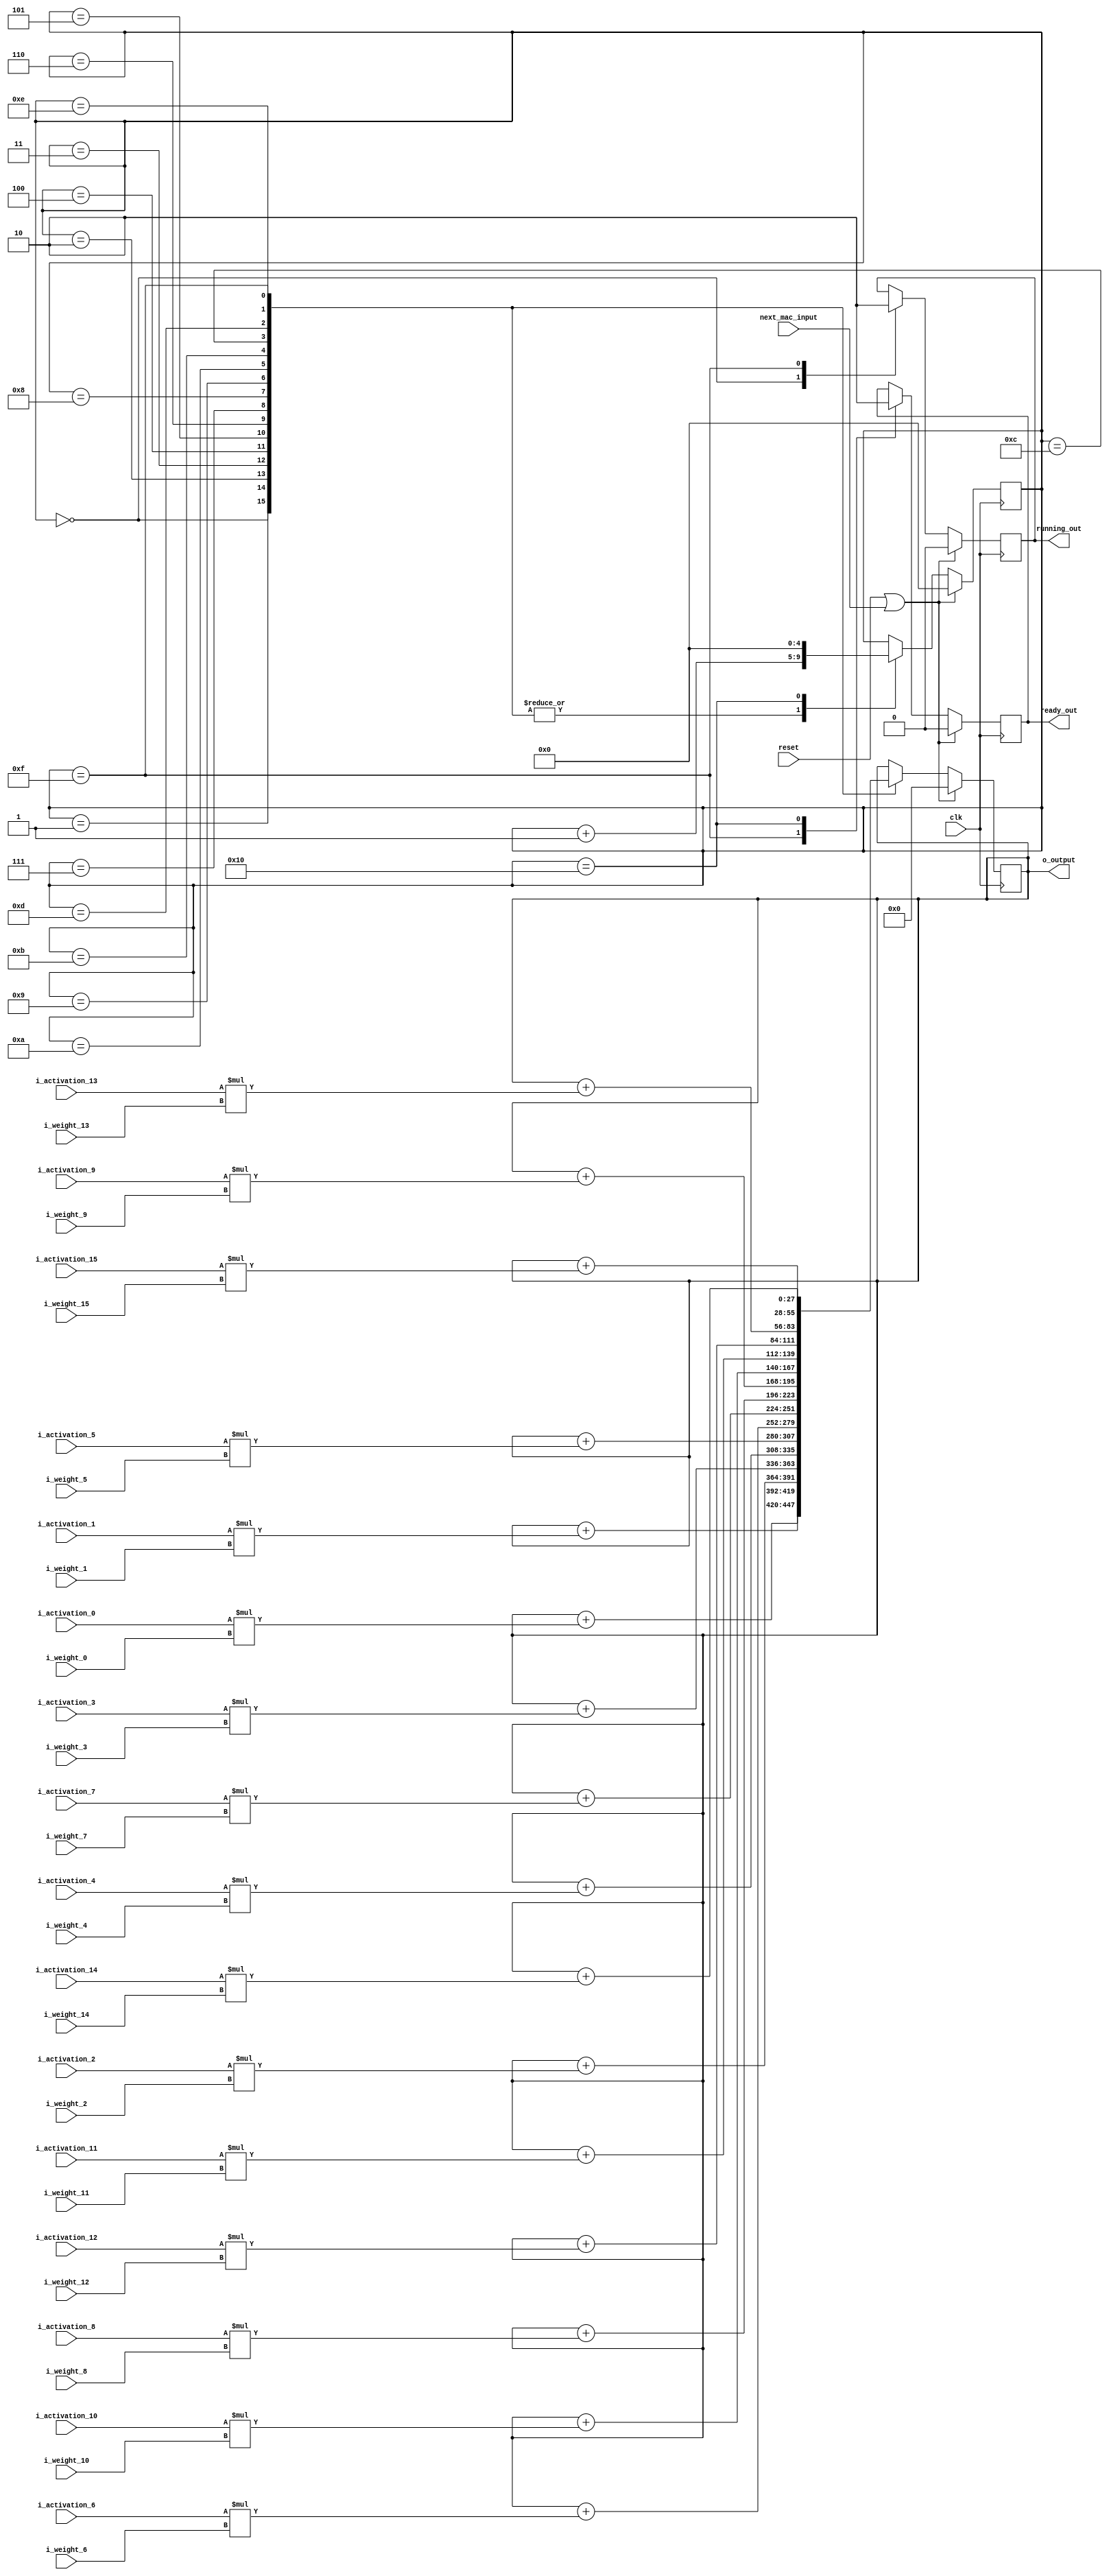
module macb(
    input wire clk,
    input wire reset,
    input wire next_mac_input,
    input wire signed [11:0] i_activation_0,
    input wire signed [11:0] i_activation_1,
    input wire signed [11:0] i_activation_2,
    input wire signed [11:0] i_activation_3,
    input wire signed [11:0] i_activation_4,
    input wire signed [11:0] i_activation_5,
    input wire signed [11:0] i_activation_6,
    input wire signed [11:0] i_activation_7,
    input wire signed [11:0] i_activation_8,
    input wire signed [11:0] i_activation_9,
    input wire signed [11:0] i_activation_10,
    input wire signed [11:0] i_activation_11,
    input wire signed [11:0] i_activation_12,
    input wire signed [11:0] i_activation_13,
    input wire signed [11:0] i_activation_14,
    input wire signed [11:0] i_activation_15,
    input wire signed [11:0] i_weight_0,
    input wire signed [11:0] i_weight_1,
    input wire signed [11:0] i_weight_2,
    input wire signed [11:0] i_weight_3,
    input wire signed [11:0] i_weight_4,
    input wire signed [11:0] i_weight_5,
    input wire signed [11:0] i_weight_6,
    input wire signed [11:0] i_weight_7,
    input wire signed [11:0] i_weight_8,
    input wire signed [11:0] i_weight_9,
    input wire signed [11:0] i_weight_10,
    input wire signed [11:0] i_weight_11,
    input wire signed [11:0] i_weight_12,
    input wire signed [11:0] i_weight_13,
    input wire signed [11:0] i_weight_14,
    input wire signed [11:0] i_weight_15,
    output wire signed [27:0] o_output,
    output wire ready_out,
    output wire running_out
    );
    
    reg [4:0] state;
    reg ready;
    reg running;
    reg signed [27:0] accumulator;

    
    always @ (posedge clk) begin
        if (reset | next_mac_input) begin
            accumulator <= 0;
            ready <= 0;
            state <= 0;
            running <= 0;
        end else begin
            case(state) 
                5'b00000: begin
                    running <= 1;
                    accumulator <= accumulator + (i_activation_0 * i_weight_0);
                    state <= state + 1;
                end
                5'b00001: begin
                    accumulator <= accumulator + (i_activation_1 * i_weight_1);
                    state <= state + 1;
                end
                5'b00010: begin
                    accumulator <= accumulator + (i_activation_2 * i_weight_2);
                    state <= state + 1;
                end
                5'b00011: begin
                    accumulator <= accumulator + (i_activation_3 * i_weight_3);
                    state <= state + 1;
                end
                5'b00100: begin
                    accumulator <= accumulator + (i_activation_4 * i_weight_4);
                    state <= state + 1;
                end
                5'b00101: begin
                    accumulator <= accumulator + (i_activation_5 * i_weight_5);
                    state <= state + 1;
                end
                5'b00110: begin
                    accumulator <= accumulator + (i_activation_6 * i_weight_6);
                    state <= state + 1;
                end
                5'b00111: begin
                    accumulator <= accumulator + (i_activation_7 * i_weight_7);
                    state <= state + 1;
                end
                5'b01000: begin
                    accumulator <= accumulator + (i_activation_8 * i_weight_8);
                    state <= state + 1;
                end
                5'b01001: begin
                    accumulator <= accumulator + (i_activation_9 * i_weight_9);
                    state <= state + 1;
                end
                5'b01010: begin
                    accumulator <= accumulator + (i_activation_10 * i_weight_10);
                    state <= state + 1;
                end
                5'b01011: begin
                    accumulator <= accumulator + (i_activation_11 * i_weight_11);
                    state <= state + 1;
                end
                5'b01100: begin
                    accumulator <= accumulator + (i_activation_12 * i_weight_12);
                    state <= state + 1;
                end
                5'b01101: begin
                    accumulator <= accumulator + (i_activation_13 * i_weight_13);
                    state <= state + 1;
                end
                5'b01110: begin
                    accumulator <= accumulator + (i_activation_14 * i_weight_14);
                    state <= state + 1;
                end
                5'b01111: begin
                    accumulator <= accumulator + (i_activation_15 * i_weight_15);
                    ready <= 1;
                    running <= 0;
                    state <= state + 1;
                end
                5'b10000: begin
                    state <= 5'b00000;
                    ready <= 0;
                end
            endcase
        end
    end
    
    assign o_output = accumulator;
    assign ready_out = ready;
    assign running_out = running;
    
endmodule

module afb(
    input wire signed [16:0] activation,
    output wire signed [11:0] acti_result
    );
    
    wire signed [16:0] temp_result;
    
    assign temp_result = (activation < $signed(17'b1_1111_0000_0000_0000)) ? 17'b1_1111_1000_0000_0000 :
                         ((activation >= $signed(17'b1_1111_0000_0000_0000)) & (activation < $signed(17'b1_1111_1010_1000_0000))) ? ((activation >>> 2) + $signed(17'b1_1111_1100_0000_0000)) :
                         ((activation >= $signed(17'b1_1111_1010_1000_0000)) & (activation < $signed(17'b0_0000_0101_1000_0000))) ? activation :
                         ((activation >= $signed(17'b0_0000_0101_1000_0000)) & (activation < $signed(17'b0_0001_0000_0000_0000))) ? ((activation >>> 2) + $signed(17'b0_0000_0100_0000_0000)) :
                         17'b0_0000_0111_1111_1111;
    
    assign acti_result = temp_result[11:0];
    
endmodule

module neuron_top(
    input wire clk,
    input wire reset,
    input wire next_neuron_input,
    input wire signed [11:0] i_activation_0,
    input wire signed [11:0] i_activation_1,
    input wire signed [11:0] i_activation_2,
    input wire signed [11:0] i_activation_3,
    input wire signed [11:0] i_activation_4,
    input wire signed [11:0] i_activation_5,
    input wire signed [11:0] i_activation_6,
    input wire signed [11:0] i_activation_7,
    input wire signed [11:0] i_activation_8,
    input wire signed [11:0] i_activation_9,
    input wire signed [11:0] i_activation_10,
    input wire signed [11:0] i_activation_11,
    input wire signed [11:0] i_activation_12,
    input wire signed [11:0] i_activation_13,
    input wire signed [11:0] i_activation_14,
    input wire signed [11:0] i_activation_15,
    input wire signed [11:0] i_activation_16,
    input wire signed [11:0] i_activation_17,
    input wire signed [11:0] i_activation_18,
    input wire signed [11:0] i_activation_19,
    input wire signed [11:0] i_activation_20,
    input wire signed [11:0] i_activation_21,
    input wire signed [11:0] i_activation_22,
    input wire signed [11:0] i_activation_23,
    input wire signed [11:0] i_activation_24,
    input wire signed [11:0] i_weight_0,
    input wire signed [11:0] i_weight_1,
    input wire signed [11:0] i_weight_2,
    input wire signed [11:0] i_weight_3,
    input wire signed [11:0] i_weight_4,
    input wire signed [11:0] i_weight_5,
    input wire signed [11:0] i_weight_6,
    input wire signed [11:0] i_weight_7,
    input wire signed [11:0] i_weight_8,
    input wire signed [11:0] i_weight_9,
    input wire signed [11:0] i_weight_10,
    input wire signed [11:0] i_weight_11,
    input wire signed [11:0] i_weight_12,
    input wire signed [11:0] i_weight_13,
    input wire signed [11:0] i_weight_14,
    input wire signed [11:0] i_weight_15,
    output wire signed [11:0] o_output,
    output wire ready_out,
    output wire running_out
    );
    
    reg [2:0] fsm_state;
    reg next_mac_input;
    wire mac_ready;
    wire mac_running;
    reg neuron_ready;
    reg neuron_running;
    wire signed [27:0] mac_out;
    reg signed [11:0] afb_out_0;
    reg signed [11:0] afb_out_1;
    reg signed [11:0] afb_out_2;
    reg signed [11:0] afb_out_3;
    reg signed [16:0] afb_in;
    wire signed [11:0] afb_out;
    reg signed [11:0] i_activation_mac_0, i_activation_mac_1, i_activation_mac_2, i_activation_mac_3, i_activation_mac_4, i_activation_mac_5,
                      i_activation_mac_6, i_activation_mac_7, i_activation_mac_8, i_activation_mac_9, i_activation_mac_10, i_activation_mac_11,
                      i_activation_mac_12, i_activation_mac_13, i_activation_mac_14, i_activation_mac_15;
                      
    macb macb_unit(.clk(clk), .reset(reset), .next_mac_input(next_mac_input), .i_activation_0(i_activation_mac_0), .i_activation_1(i_activation_mac_1), .i_activation_2(i_activation_mac_2),
                   .i_activation_3(i_activation_mac_3), .i_activation_4(i_activation_mac_4), .i_activation_5(i_activation_mac_5), .i_activation_6(i_activation_mac_6),
                   .i_activation_7(i_activation_mac_7), .i_activation_8(i_activation_mac_8), .i_activation_9(i_activation_mac_9), .i_activation_10(i_activation_mac_10),
                   .i_activation_11(i_activation_mac_11), .i_activation_12(i_activation_mac_12), .i_activation_13(i_activation_mac_13), .i_activation_14(i_activation_mac_14), .i_activation_15(i_activation_mac_15),
                   .i_weight_0(i_weight_0), .i_weight_1(i_weight_1), .i_weight_2(i_weight_2), .i_weight_3(i_weight_3), .i_weight_4(i_weight_4),
                   .i_weight_5(i_weight_5), .i_weight_6(i_weight_6), .i_weight_7(i_weight_7), .i_weight_8(i_weight_8), .i_weight_9(i_weight_9),
                   .i_weight_10(i_weight_10), .i_weight_11(i_weight_11), .i_weight_12(i_weight_12), .i_weight_13(i_weight_13), .i_weight_14(i_weight_14), .i_weight_15(i_weight_15),
                   .o_output(mac_out), .ready_out(mac_ready), .running_out(mac_running));
                   
    afb af_unit(.activation(afb_in), .acti_result(afb_out));
    
    always @ (posedge clk) begin
        if (reset | next_neuron_input) begin
            fsm_state <= 0;
            afb_out_0 <= 0;
            afb_out_1 <= 0;
            afb_out_2 <= 0;
            afb_out_3 <= 0;
            afb_in <= 0;
            neuron_ready <= 0;
            neuron_running <= 0;
            next_mac_input <= 1;
        end else begin
            case(fsm_state)
                3'b000: begin
                    neuron_running <= 1;
                    if (!mac_running & !mac_ready) begin
                        i_activation_mac_0 <= i_activation_0;
                        i_activation_mac_1 <= i_activation_1;
                        i_activation_mac_2 <= i_activation_2;
                        i_activation_mac_3 <= i_activation_3;
                        i_activation_mac_4 <= i_activation_5;
                        i_activation_mac_5 <= i_activation_6;
                        i_activation_mac_6 <= i_activation_7;
                        i_activation_mac_7 <= i_activation_8;
                        i_activation_mac_8 <= i_activation_10;
                        i_activation_mac_9 <= i_activation_11;
                        i_activation_mac_10 <= i_activation_12;
                        i_activation_mac_11 <= i_activation_13;
                        i_activation_mac_12 <= i_activation_15;
                        i_activation_mac_13 <= i_activation_16;
                        i_activation_mac_14 <= i_activation_17;
                        i_activation_mac_15 <= i_activation_18;
                        next_mac_input <= 0;
                    end else if (!mac_running & mac_ready) begin
                        afb_in <= mac_out[27:11];
                        fsm_state <= 3'b001;
                        next_mac_input <= 1;
                    end
                end
                3'b001: begin
                    if (!mac_running & !mac_ready) begin
                        afb_out_0 <= afb_out;
                        i_activation_mac_0 <= i_activation_1;
                        i_activation_mac_1 <= i_activation_2;
                        i_activation_mac_2 <= i_activation_3;
                        i_activation_mac_3 <= i_activation_4;
                        i_activation_mac_4 <= i_activation_6;
                        i_activation_mac_5 <= i_activation_7;
                        i_activation_mac_6 <= i_activation_8;
                        i_activation_mac_7 <= i_activation_9;
                        i_activation_mac_8 <= i_activation_11;
                        i_activation_mac_9 <= i_activation_12;
                        i_activation_mac_10 <= i_activation_13;
                        i_activation_mac_11 <= i_activation_14;
                        i_activation_mac_12 <= i_activation_16;
                        i_activation_mac_13 <= i_activation_17;
                        i_activation_mac_14 <= i_activation_18;
                        i_activation_mac_15 <= i_activation_19;
                        next_mac_input <= 0;
                    end else if (!mac_running & mac_ready) begin
                        afb_in <= mac_out[27:11];
                        fsm_state <= 3'b010;
                        next_mac_input <= 1;
                    end
                end
                3'b010: begin
                    if (!mac_running & !mac_ready) begin
                        afb_out_1 <= afb_out;
                        i_activation_mac_0 <= i_activation_5;
                        i_activation_mac_1 <= i_activation_6;
                        i_activation_mac_2 <= i_activation_7;
                        i_activation_mac_3 <= i_activation_8;
                        i_activation_mac_4 <= i_activation_10;
                        i_activation_mac_5 <= i_activation_11;
                        i_activation_mac_6 <= i_activation_12;
                        i_activation_mac_7 <= i_activation_13;
                        i_activation_mac_8 <= i_activation_15;
                        i_activation_mac_9 <= i_activation_16;
                        i_activation_mac_10 <= i_activation_17;
                        i_activation_mac_11 <= i_activation_18;
                        i_activation_mac_12 <= i_activation_20;
                        i_activation_mac_13 <= i_activation_21;
                        i_activation_mac_14 <= i_activation_22;
                        i_activation_mac_15 <= i_activation_23;
                        next_mac_input <= 0;
                    end else if (!mac_running & mac_ready) begin
                        afb_in <= mac_out[27:11];
                        fsm_state <= 3'b011;
                        next_mac_input <= 1;
                    end
                end
                3'b011: begin
                    if (!mac_running & !mac_ready) begin
                        afb_out_2 <= afb_out;
                        i_activation_mac_0 <= i_activation_6;
                        i_activation_mac_1 <= i_activation_7;
                        i_activation_mac_2 <= i_activation_8;
                        i_activation_mac_3 <= i_activation_9;
                        i_activation_mac_4 <= i_activation_11;
                        i_activation_mac_5 <= i_activation_12;
                        i_activation_mac_6 <= i_activation_13;
                        i_activation_mac_7 <= i_activation_14;
                        i_activation_mac_8 <= i_activation_16;
                        i_activation_mac_9 <= i_activation_17;
                        i_activation_mac_10 <= i_activation_18;
                        i_activation_mac_11 <= i_activation_19;
                        i_activation_mac_12 <= i_activation_21;
                        i_activation_mac_13 <= i_activation_22;
                        i_activation_mac_14 <= i_activation_23;
                        i_activation_mac_15 <= i_activation_24;
                        next_mac_input <= 0;
                    end else if (!mac_running & mac_ready) begin
                        afb_in <= mac_out[27:11];
                        fsm_state <= 3'b100;
                        next_mac_input <= 1;
                    end
                end
                3'b100: begin
                    afb_out_3 <= afb_out;
                    fsm_state <= 3'b101;
                    neuron_ready <= 1;
                    neuron_running <= 0;
                end
                3'b101: begin
                    neuron_ready <= 0;
                    fsm_state <= 3'b000;
                end
            endcase
        end
    end
    
    assign ready_out = neuron_ready;
    assign running_out = neuron_running;
    assign o_output = ((afb_out_0 >= afb_out_1) & (afb_out_0 >= afb_out_2) & (afb_out_0 >= afb_out_3)) ? afb_out_0 :
                 ((afb_out_1 > afb_out_0) & (afb_out_1 >= afb_out_2) & (afb_out_1 >= afb_out_3)) ? afb_out_1 :
                 ((afb_out_2 > afb_out_0) & (afb_out_2 > afb_out_1) & (afb_out_2 >= afb_out_3)) ? afb_out_2 :
                 afb_out_3;
    
endmodule

module top(
    input wire clk,
    input wire reset,
    input wire signed [11:0] i_activation_0_0,
    input wire signed [11:0] i_activation_0_1,
    input wire signed [11:0] i_activation_0_2,
    input wire signed [11:0] i_activation_0_3,
    input wire signed [11:0] i_activation_0_4,
    input wire signed [11:0] i_activation_1_0,
    input wire signed [11:0] i_activation_1_1,
    input wire signed [11:0] i_activation_1_2,
    input wire signed [11:0] i_activation_1_3,
    input wire signed [11:0] i_activation_1_4,
    input wire signed [11:0] i_activation_2_0,
    input wire signed [11:0] i_activation_2_1,
    input wire signed [11:0] i_activation_2_2,
    input wire signed [11:0] i_activation_2_3,
    input wire signed [11:0] i_activation_2_4,
    input wire signed [11:0] i_activation_3_0,
    input wire signed [11:0] i_activation_3_1,
    input wire signed [11:0] i_activation_3_2,
    input wire signed [11:0] i_activation_3_3,
    input wire signed [11:0] i_activation_3_4,
    input wire signed [11:0] i_activation_4_0,
    input wire signed [11:0] i_activation_4_1,
    input wire signed [11:0] i_activation_4_2,
    input wire signed [11:0] i_activation_4_3,
    input wire signed [11:0] i_activation_4_4,
    input wire signed [11:0] i_weight_0_0_0,
    input wire signed [11:0] i_weight_0_0_1,
    input wire signed [11:0] i_weight_0_0_2,
    input wire signed [11:0] i_weight_0_0_3,
    input wire signed [11:0] i_weight_0_1_0,
    input wire signed [11:0] i_weight_0_1_1,
    input wire signed [11:0] i_weight_0_1_2,
    input wire signed [11:0] i_weight_0_1_3,
    input wire signed [11:0] i_weight_0_2_0,
    input wire signed [11:0] i_weight_0_2_1,
    input wire signed [11:0] i_weight_0_2_2,
    input wire signed [11:0] i_weight_0_2_3,
    input wire signed [11:0] i_weight_0_3_0,
    input wire signed [11:0] i_weight_0_3_1,
    input wire signed [11:0] i_weight_0_3_2,
    input wire signed [11:0] i_weight_0_3_3,
    input wire signed [11:0] i_weight_1_0_0,
    input wire signed [11:0] i_weight_1_0_1,
    input wire signed [11:0] i_weight_1_0_2,
    input wire signed [11:0] i_weight_1_0_3,
    input wire signed [11:0] i_weight_1_1_0,
    input wire signed [11:0] i_weight_1_1_1,
    input wire signed [11:0] i_weight_1_1_2,
    input wire signed [11:0] i_weight_1_1_3,
    input wire signed [11:0] i_weight_1_2_0,
    input wire signed [11:0] i_weight_1_2_1,
    input wire signed [11:0] i_weight_1_2_2,
    input wire signed [11:0] i_weight_1_2_3,
    input wire signed [11:0] i_weight_1_3_0,
    input wire signed [11:0] i_weight_1_3_1,
    input wire signed [11:0] i_weight_1_3_2,
    input wire signed [11:0] i_weight_1_3_3,
    input wire signed [11:0] i_weight_2_0_0,
    input wire signed [11:0] i_weight_2_0_1,
    input wire signed [11:0] i_weight_2_0_2,
    input wire signed [11:0] i_weight_2_0_3,
    input wire signed [11:0] i_weight_2_1_0,
    input wire signed [11:0] i_weight_2_1_1,
    input wire signed [11:0] i_weight_2_1_2,
    input wire signed [11:0] i_weight_2_1_3,
    input wire signed [11:0] i_weight_2_2_0,
    input wire signed [11:0] i_weight_2_2_1,
    input wire signed [11:0] i_weight_2_2_2,
    input wire signed [11:0] i_weight_2_2_3,
    input wire signed [11:0] i_weight_2_3_0,
    input wire signed [11:0] i_weight_2_3_1,
    input wire signed [11:0] i_weight_2_3_2,
    input wire signed [11:0] i_weight_2_3_3,
    input wire signed [11:0] i_weight_3_0_0,
    input wire signed [11:0] i_weight_3_0_1,
    input wire signed [11:0] i_weight_3_0_2,
    input wire signed [11:0] i_weight_3_0_3,
    input wire signed [11:0] i_weight_3_1_0,
    input wire signed [11:0] i_weight_3_1_1,
    input wire signed [11:0] i_weight_3_1_2,
    input wire signed [11:0] i_weight_3_1_3,
    input wire signed [11:0] i_weight_3_2_0,
    input wire signed [11:0] i_weight_3_2_1,
    input wire signed [11:0] i_weight_3_2_2,
    input wire signed [11:0] i_weight_3_2_3,
    input wire signed [11:0] i_weight_3_3_0,
    input wire signed [11:0] i_weight_3_3_1,
    input wire signed [11:0] i_weight_3_3_2,
    input wire signed [11:0] i_weight_3_3_3,
    input wire signed [11:0] i_weight_4_0_0,
    input wire signed [11:0] i_weight_4_0_1,
    input wire signed [11:0] i_weight_4_0_2,
    input wire signed [11:0] i_weight_4_0_3,
    input wire signed [11:0] i_weight_4_1_0,
    input wire signed [11:0] i_weight_4_1_1,
    input wire signed [11:0] i_weight_4_1_2,
    input wire signed [11:0] i_weight_4_1_3,
    input wire signed [11:0] i_weight_4_2_0,
    input wire signed [11:0] i_weight_4_2_1,
    input wire signed [11:0] i_weight_4_2_2,
    input wire signed [11:0] i_weight_4_2_3,
    input wire signed [11:0] i_weight_4_3_0,
    input wire signed [11:0] i_weight_4_3_1,
    input wire signed [11:0] i_weight_4_3_2,
    input wire signed [11:0] i_weight_4_3_3,
    input wire signed [11:0] i_weight_5_0_0,
    input wire signed [11:0] i_weight_5_0_1,
    input wire signed [11:0] i_weight_5_0_2,
    input wire signed [11:0] i_weight_5_0_3,
    input wire signed [11:0] i_weight_5_1_0,
    input wire signed [11:0] i_weight_5_1_1,
    input wire signed [11:0] i_weight_5_1_2,
    input wire signed [11:0] i_weight_5_1_3,
    input wire signed [11:0] i_weight_5_2_0,
    input wire signed [11:0] i_weight_5_2_1,
    input wire signed [11:0] i_weight_5_2_2,
    input wire signed [11:0] i_weight_5_2_3,
    input wire signed [11:0] i_weight_5_3_0,
    input wire signed [11:0] i_weight_5_3_1,
    input wire signed [11:0] i_weight_5_3_2,
    input wire signed [11:0] i_weight_5_3_3,
    input wire signed [11:0] i_weight_6_0_0,
    input wire signed [11:0] i_weight_6_0_1,
    input wire signed [11:0] i_weight_6_0_2,
    input wire signed [11:0] i_weight_6_0_3,
    input wire signed [11:0] i_weight_6_1_0,
    input wire signed [11:0] i_weight_6_1_1,
    input wire signed [11:0] i_weight_6_1_2,
    input wire signed [11:0] i_weight_6_1_3,
    input wire signed [11:0] i_weight_6_2_0,
    input wire signed [11:0] i_weight_6_2_1,
    input wire signed [11:0] i_weight_6_2_2,
    input wire signed [11:0] i_weight_6_2_3,
    input wire signed [11:0] i_weight_6_3_0,
    input wire signed [11:0] i_weight_6_3_1,
    input wire signed [11:0] i_weight_6_3_2,
    input wire signed [11:0] i_weight_6_3_3,
    input wire signed [11:0] i_weight_7_0_0,
    input wire signed [11:0] i_weight_7_0_1,
    input wire signed [11:0] i_weight_7_0_2,
    input wire signed [11:0] i_weight_7_0_3,
    input wire signed [11:0] i_weight_7_1_0,
    input wire signed [11:0] i_weight_7_1_1,
    input wire signed [11:0] i_weight_7_1_2,
    input wire signed [11:0] i_weight_7_1_3,
    input wire signed [11:0] i_weight_7_2_0,
    input wire signed [11:0] i_weight_7_2_1,
    input wire signed [11:0] i_weight_7_2_2,
    input wire signed [11:0] i_weight_7_2_3,
    input wire signed [11:0] i_weight_7_3_0,
    input wire signed [11:0] i_weight_7_3_1,
    input wire signed [11:0] i_weight_7_3_2,
    input wire signed [11:0] i_weight_7_3_3,
    input wire signed [11:0] i_weight_8_0_0,
    input wire signed [11:0] i_weight_8_0_1,
    input wire signed [11:0] i_weight_8_0_2,
    input wire signed [11:0] i_weight_8_0_3,
    input wire signed [11:0] i_weight_8_1_0,
    input wire signed [11:0] i_weight_8_1_1,
    input wire signed [11:0] i_weight_8_1_2,
    input wire signed [11:0] i_weight_8_1_3,
    input wire signed [11:0] i_weight_8_2_0,
    input wire signed [11:0] i_weight_8_2_1,
    input wire signed [11:0] i_weight_8_2_2,
    input wire signed [11:0] i_weight_8_2_3,
    input wire signed [11:0] i_weight_8_3_0,
    input wire signed [11:0] i_weight_8_3_1,
    input wire signed [11:0] i_weight_8_3_2,
    input wire signed [11:0] i_weight_8_3_3,
    input wire signed [11:0] i_weight_9_0_0,
    input wire signed [11:0] i_weight_9_0_1,
    input wire signed [11:0] i_weight_9_0_2,
    input wire signed [11:0] i_weight_9_0_3,
    input wire signed [11:0] i_weight_9_1_0,
    input wire signed [11:0] i_weight_9_1_1,
    input wire signed [11:0] i_weight_9_1_2,
    input wire signed [11:0] i_weight_9_1_3,
    input wire signed [11:0] i_weight_9_2_0,
    input wire signed [11:0] i_weight_9_2_1,
    input wire signed [11:0] i_weight_9_2_2,
    input wire signed [11:0] i_weight_9_2_3,
    input wire signed [11:0] i_weight_9_3_0,
    input wire signed [11:0] i_weight_9_3_1,
    input wire signed [11:0] i_weight_9_3_2,
    input wire signed [11:0] i_weight_9_3_3,
    input wire signed [11:0] i_weight_10_0_0,
    input wire signed [11:0] i_weight_10_0_1,
    input wire signed [11:0] i_weight_10_0_2,
    input wire signed [11:0] i_weight_10_0_3,
    input wire signed [11:0] i_weight_10_1_0,
    input wire signed [11:0] i_weight_10_1_1,
    input wire signed [11:0] i_weight_10_1_2,
    input wire signed [11:0] i_weight_10_1_3,
    input wire signed [11:0] i_weight_10_2_0,
    input wire signed [11:0] i_weight_10_2_1,
    input wire signed [11:0] i_weight_10_2_2,
    input wire signed [11:0] i_weight_10_2_3,
    input wire signed [11:0] i_weight_10_3_0,
    input wire signed [11:0] i_weight_10_3_1,
    input wire signed [11:0] i_weight_10_3_2,
    input wire signed [11:0] i_weight_10_3_3,
    input wire signed [11:0] i_weight_11_0_0,
    input wire signed [11:0] i_weight_11_0_1,
    input wire signed [11:0] i_weight_11_0_2,
    input wire signed [11:0] i_weight_11_0_3,
    input wire signed [11:0] i_weight_11_1_0,
    input wire signed [11:0] i_weight_11_1_1,
    input wire signed [11:0] i_weight_11_1_2,
    input wire signed [11:0] i_weight_11_1_3,
    input wire signed [11:0] i_weight_11_2_0,
    input wire signed [11:0] i_weight_11_2_1,
    input wire signed [11:0] i_weight_11_2_2,
    input wire signed [11:0] i_weight_11_2_3,
    input wire signed [11:0] i_weight_11_3_0,
    input wire signed [11:0] i_weight_11_3_1,
    input wire signed [11:0] i_weight_11_3_2,
    input wire signed [11:0] i_weight_11_3_3,
    input wire signed [11:0] i_weight_12_0_0,
    input wire signed [11:0] i_weight_12_0_1,
    input wire signed [11:0] i_weight_12_0_2,
    input wire signed [11:0] i_weight_12_0_3,
    input wire signed [11:0] i_weight_12_1_0,
    input wire signed [11:0] i_weight_12_1_1,
    input wire signed [11:0] i_weight_12_1_2,
    input wire signed [11:0] i_weight_12_1_3,
    input wire signed [11:0] i_weight_12_2_0,
    input wire signed [11:0] i_weight_12_2_1,
    input wire signed [11:0] i_weight_12_2_2,
    input wire signed [11:0] i_weight_12_2_3,
    input wire signed [11:0] i_weight_12_3_0,
    input wire signed [11:0] i_weight_12_3_1,
    input wire signed [11:0] i_weight_12_3_2,
    input wire signed [11:0] i_weight_12_3_3,
    input wire signed [11:0] i_weight_13_0_0,
    input wire signed [11:0] i_weight_13_0_1,
    input wire signed [11:0] i_weight_13_0_2,
    input wire signed [11:0] i_weight_13_0_3,
    input wire signed [11:0] i_weight_13_1_0,
    input wire signed [11:0] i_weight_13_1_1,
    input wire signed [11:0] i_weight_13_1_2,
    input wire signed [11:0] i_weight_13_1_3,
    input wire signed [11:0] i_weight_13_2_0,
    input wire signed [11:0] i_weight_13_2_1,
    input wire signed [11:0] i_weight_13_2_2,
    input wire signed [11:0] i_weight_13_2_3,
    input wire signed [11:0] i_weight_13_3_0,
    input wire signed [11:0] i_weight_13_3_1,
    input wire signed [11:0] i_weight_13_3_2,
    input wire signed [11:0] i_weight_13_3_3,
    input wire signed [11:0] i_weight_14_0_0,
    input wire signed [11:0] i_weight_14_0_1,
    input wire signed [11:0] i_weight_14_0_2,
    input wire signed [11:0] i_weight_14_0_3,
    input wire signed [11:0] i_weight_14_1_0,
    input wire signed [11:0] i_weight_14_1_1,
    input wire signed [11:0] i_weight_14_1_2,
    input wire signed [11:0] i_weight_14_1_3,
    input wire signed [11:0] i_weight_14_2_0,
    input wire signed [11:0] i_weight_14_2_1,
    input wire signed [11:0] i_weight_14_2_2,
    input wire signed [11:0] i_weight_14_2_3,
    input wire signed [11:0] i_weight_14_3_0,
    input wire signed [11:0] i_weight_14_3_1,
    input wire signed [11:0] i_weight_14_3_2,
    input wire signed [11:0] i_weight_14_3_3,
    input wire signed [11:0] i_weight_15_0_0,
    input wire signed [11:0] i_weight_15_0_1,
    input wire signed [11:0] i_weight_15_0_2,
    input wire signed [11:0] i_weight_15_0_3,
    input wire signed [11:0] i_weight_15_1_0,
    input wire signed [11:0] i_weight_15_1_1,
    input wire signed [11:0] i_weight_15_1_2,
    input wire signed [11:0] i_weight_15_1_3,
    input wire signed [11:0] i_weight_15_2_0,
    input wire signed [11:0] i_weight_15_2_1,
    input wire signed [11:0] i_weight_15_2_2,
    input wire signed [11:0] i_weight_15_2_3,
    input wire signed [11:0] i_weight_15_3_0,
    input wire signed [11:0] i_weight_15_3_1,
    input wire signed [11:0] i_weight_15_3_2,
    input wire signed [11:0] i_weight_15_3_3,
    input wire signed [11:0] i_weight_16_0_0,
    input wire signed [11:0] i_weight_16_0_1,
    input wire signed [11:0] i_weight_16_0_2,
    input wire signed [11:0] i_weight_16_0_3,
    input wire signed [11:0] i_weight_16_1_0,
    input wire signed [11:0] i_weight_16_1_1,
    input wire signed [11:0] i_weight_16_1_2,
    input wire signed [11:0] i_weight_16_1_3,
    input wire signed [11:0] i_weight_16_2_0,
    input wire signed [11:0] i_weight_16_2_1,
    input wire signed [11:0] i_weight_16_2_2,
    input wire signed [11:0] i_weight_16_2_3,
    input wire signed [11:0] i_weight_16_3_0,
    input wire signed [11:0] i_weight_16_3_1,
    input wire signed [11:0] i_weight_16_3_2,
    input wire signed [11:0] i_weight_16_3_3,
    input wire signed [11:0] i_weight_17_0_0,
    input wire signed [11:0] i_weight_17_0_1,
    input wire signed [11:0] i_weight_17_0_2,
    input wire signed [11:0] i_weight_17_0_3,
    input wire signed [11:0] i_weight_17_1_0,
    input wire signed [11:0] i_weight_17_1_1,
    input wire signed [11:0] i_weight_17_1_2,
    input wire signed [11:0] i_weight_17_1_3,
    input wire signed [11:0] i_weight_17_2_0,
    input wire signed [11:0] i_weight_17_2_1,
    input wire signed [11:0] i_weight_17_2_2,
    input wire signed [11:0] i_weight_17_2_3,
    input wire signed [11:0] i_weight_17_3_0,
    input wire signed [11:0] i_weight_17_3_1,
    input wire signed [11:0] i_weight_17_3_2,
    input wire signed [11:0] i_weight_17_3_3,
    input wire signed [11:0] i_weight_18_0_0,
    input wire signed [11:0] i_weight_18_0_1,
    input wire signed [11:0] i_weight_18_0_2,
    input wire signed [11:0] i_weight_18_0_3,
    input wire signed [11:0] i_weight_18_1_0,
    input wire signed [11:0] i_weight_18_1_1,
    input wire signed [11:0] i_weight_18_1_2,
    input wire signed [11:0] i_weight_18_1_3,
    input wire signed [11:0] i_weight_18_2_0,
    input wire signed [11:0] i_weight_18_2_1,
    input wire signed [11:0] i_weight_18_2_2,
    input wire signed [11:0] i_weight_18_2_3,
    input wire signed [11:0] i_weight_18_3_0,
    input wire signed [11:0] i_weight_18_3_1,
    input wire signed [11:0] i_weight_18_3_2,
    input wire signed [11:0] i_weight_18_3_3,
    input wire signed [11:0] i_weight_19_0_0,
    input wire signed [11:0] i_weight_19_0_1,
    input wire signed [11:0] i_weight_19_0_2,
    input wire signed [11:0] i_weight_19_0_3,
    input wire signed [11:0] i_weight_19_1_0,
    input wire signed [11:0] i_weight_19_1_1,
    input wire signed [11:0] i_weight_19_1_2,
    input wire signed [11:0] i_weight_19_1_3,
    input wire signed [11:0] i_weight_19_2_0,
    input wire signed [11:0] i_weight_19_2_1,
    input wire signed [11:0] i_weight_19_2_2,
    input wire signed [11:0] i_weight_19_2_3,
    input wire signed [11:0] i_weight_19_3_0,
    input wire signed [11:0] i_weight_19_3_1,
    input wire signed [11:0] i_weight_19_3_2,
    input wire signed [11:0] i_weight_19_3_3,
    output reg signed [11:0] o_output_0,
    output reg signed [11:0] o_output_1,
    output reg signed [11:0] o_output_2,
    output reg signed [11:0] o_output_3,
    output reg signed [11:0] o_output_4,
    output reg signed [11:0] o_output_5,
    output reg signed [11:0] o_output_6,
    output reg signed [11:0] o_output_7,
    output reg signed [11:0] o_output_8,
    output reg signed [11:0] o_output_9,
    output reg signed [11:0] o_output_10,
    output reg signed [11:0] o_output_11,
    output reg signed [11:0] o_output_12,
    output reg signed [11:0] o_output_13,
    output reg signed [11:0] o_output_14,
    output reg signed [11:0] o_output_15,
    output reg signed [11:0] o_output_16,
    output reg signed [11:0] o_output_17,
    output reg signed [11:0] o_output_18,
    output reg signed [11:0] o_output_19
    );
    
    
    reg [4:0] fsm_state;
    reg next_neuron_input;
    wire neuron_ready;
    wire neuron_running;
    wire signed [11:0] neuron_out;
    
    reg signed [11:0] i_neuron_weight_0_0, i_neuron_weight_0_1, i_neuron_weight_0_2, i_neuron_weight_0_3,
                      i_neuron_weight_1_0, i_neuron_weight_1_1, i_neuron_weight_1_2, i_neuron_weight_1_3, 
                      i_neuron_weight_2_0, i_neuron_weight_2_1, i_neuron_weight_2_2, i_neuron_weight_2_3,
                      i_neuron_weight_3_0, i_neuron_weight_3_1, i_neuron_weight_3_2, i_neuron_weight_3_3;
                      
    neuron_top neuron(.clk(clk), .reset(reset), .next_neuron_input(next_neuron_input), .i_activation_0(i_activation_0_0), 
                      .i_activation_1(i_activation_0_1), .i_activation_2(i_activation_0_2), .i_activation_3(i_activation_0_3), .i_activation_4(i_activation_0_4), 
                      .i_activation_5(i_activation_1_0), .i_activation_6(i_activation_1_1), .i_activation_7(i_activation_1_2), .i_activation_8(i_activation_1_3), 
                      .i_activation_9(i_activation_1_4), .i_activation_10(i_activation_2_0), .i_activation_11(i_activation_2_1), .i_activation_12(i_activation_2_2), 
                      .i_activation_13(i_activation_2_3), .i_activation_14(i_activation_2_4), .i_activation_15(i_activation_3_0), .i_activation_16(i_activation_3_1), 
                      .i_activation_17(i_activation_3_2), .i_activation_18(i_activation_3_3), .i_activation_19(i_activation_3_4), .i_activation_20(i_activation_4_0), 
                      .i_activation_21(i_activation_4_1), .i_activation_22(i_activation_4_2), .i_activation_23(i_activation_4_3), .i_activation_24(i_activation_4_4),
                      .i_weight_0(i_neuron_weight_0_0), .i_weight_1(i_neuron_weight_0_1), .i_weight_2(i_neuron_weight_0_2), .i_weight_3(i_neuron_weight_0_3),
                      .i_weight_4(i_neuron_weight_1_0), .i_weight_5(i_neuron_weight_1_1), .i_weight_6(i_neuron_weight_1_2), .i_weight_7(i_neuron_weight_1_3),
                      .i_weight_8(i_neuron_weight_2_0), .i_weight_9(i_neuron_weight_2_1), .i_weight_10(i_neuron_weight_2_2), .i_weight_11(i_neuron_weight_2_3),
                      .i_weight_12(i_neuron_weight_3_0), .i_weight_13(i_neuron_weight_3_1), .i_weight_14(i_neuron_weight_3_2), .i_weight_15(i_neuron_weight_3_3),
                      .o_output(neuron_out), .ready_out(neuron_ready), .running_out(neuron_running));
    
    always @ (posedge clk) begin
        if (reset) begin
            fsm_state <= 0;
            next_neuron_input <= 1;
		 o_output_0 <= 0;
            o_output_1 <= 0; 
            o_output_2 <= 0; 
            o_output_3 <= 0; 
            o_output_4 <= 0; 
            o_output_5 <= 0; 
            o_output_6 <= 0; 
            o_output_7 <= 0; 
            o_output_8 <= 0; 
            o_output_9 <= 0; 
            o_output_10 <= 0; 
            o_output_11 <= 0; 
            o_output_12 <= 0; 
            o_output_13 <= 0; 
            o_output_14 <= 0; 
            o_output_15 <= 0; 
            o_output_16 <= 0; 
            o_output_17 <= 0; 
            o_output_18 <= 0; 
            o_output_19 <= 0;
        end else begin
            case(fsm_state)
                5'b00000: begin
                    if (!neuron_running & !neuron_ready) begin
                        i_neuron_weight_0_0 <= i_weight_0_0_0;
                        i_neuron_weight_0_1 <= i_weight_0_0_1;
                        i_neuron_weight_0_2 <= i_weight_0_0_2;
                        i_neuron_weight_0_3 <= i_weight_0_0_3;
                        i_neuron_weight_1_0 <= i_weight_0_1_0;
                        i_neuron_weight_1_1 <= i_weight_0_1_1;
                        i_neuron_weight_1_2 <= i_weight_0_1_2;
                        i_neuron_weight_1_3 <= i_weight_0_1_3;
                        i_neuron_weight_2_0 <= i_weight_0_2_0;
                        i_neuron_weight_2_1 <= i_weight_0_2_1;
                        i_neuron_weight_2_2 <= i_weight_0_2_2;
                        i_neuron_weight_2_3 <= i_weight_0_2_3;
                        i_neuron_weight_3_0 <= i_weight_0_3_0;
                        i_neuron_weight_3_1 <= i_weight_0_3_1;
                        i_neuron_weight_3_2 <= i_weight_0_3_2;
                        i_neuron_weight_3_3 <= i_weight_0_3_3;
                        next_neuron_input <= 0;
                    end else if (!neuron_running & neuron_ready) begin
                        o_output_0 <= neuron_out;
                        fsm_state <= 5'b00001;
                        next_neuron_input <= 1;
                    end
                end
                5'b00001: begin
                    if (!neuron_running & !neuron_ready) begin
                        i_neuron_weight_0_0 <= i_weight_1_0_0;
                        i_neuron_weight_0_1 <= i_weight_1_0_1;
                        i_neuron_weight_0_2 <= i_weight_1_0_2;
                        i_neuron_weight_0_3 <= i_weight_1_0_3;
                        i_neuron_weight_1_0 <= i_weight_1_1_0;
                        i_neuron_weight_1_1 <= i_weight_1_1_1;
                        i_neuron_weight_1_2 <= i_weight_1_1_2;
                        i_neuron_weight_1_3 <= i_weight_1_1_3;
                        i_neuron_weight_2_0 <= i_weight_1_2_0;
                        i_neuron_weight_2_1 <= i_weight_1_2_1;
                        i_neuron_weight_2_2 <= i_weight_1_2_2;
                        i_neuron_weight_2_3 <= i_weight_1_2_3;
                        i_neuron_weight_3_0 <= i_weight_1_3_0;
                        i_neuron_weight_3_1 <= i_weight_1_3_1;
                        i_neuron_weight_3_2 <= i_weight_1_3_2;
                        i_neuron_weight_3_3 <= i_weight_1_3_3;
                        next_neuron_input <= 0;
                    end else if (!neuron_running & neuron_ready) begin
                        o_output_1 <= neuron_out;
                        fsm_state <= 5'b00010;
                        next_neuron_input <= 1;
                    end
                end         
                5'b00010: begin
                    if (!neuron_running & !neuron_ready) begin
                        i_neuron_weight_0_0 <= i_weight_2_0_0;
                        i_neuron_weight_0_1 <= i_weight_2_0_1;
                        i_neuron_weight_0_2 <= i_weight_2_0_2;
                        i_neuron_weight_0_3 <= i_weight_2_0_3;
                        i_neuron_weight_1_0 <= i_weight_2_1_0;
                        i_neuron_weight_1_1 <= i_weight_2_1_1;
                        i_neuron_weight_1_2 <= i_weight_2_1_2;
                        i_neuron_weight_1_3 <= i_weight_2_1_3;
                        i_neuron_weight_2_0 <= i_weight_2_2_0;
                        i_neuron_weight_2_1 <= i_weight_2_2_1;
                        i_neuron_weight_2_2 <= i_weight_2_2_2;
                        i_neuron_weight_2_3 <= i_weight_2_2_3;
                        i_neuron_weight_3_0 <= i_weight_2_3_0;
                        i_neuron_weight_3_1 <= i_weight_2_3_1;
                        i_neuron_weight_3_2 <= i_weight_2_3_2;
                        i_neuron_weight_3_3 <= i_weight_2_3_3;
                        next_neuron_input <= 0;
                    end else if (!neuron_running & neuron_ready) begin
                        o_output_2 <= neuron_out;
                        fsm_state <= 5'b00011;
                        next_neuron_input <= 1;
                    end
                end
                5'b00011: begin
                    if (!neuron_running & !neuron_ready) begin
                        i_neuron_weight_0_0 <= i_weight_3_0_0;
                        i_neuron_weight_0_1 <= i_weight_3_0_1;
                        i_neuron_weight_0_2 <= i_weight_3_0_2;
                        i_neuron_weight_0_3 <= i_weight_3_0_3;
                        i_neuron_weight_1_0 <= i_weight_3_1_0;
                        i_neuron_weight_1_1 <= i_weight_3_1_1;
                        i_neuron_weight_1_2 <= i_weight_3_1_2;
                        i_neuron_weight_1_3 <= i_weight_3_1_3;
                        i_neuron_weight_2_0 <= i_weight_3_2_0;
                        i_neuron_weight_2_1 <= i_weight_3_2_1;
                        i_neuron_weight_2_2 <= i_weight_3_2_2;
                        i_neuron_weight_2_3 <= i_weight_3_2_3;
                        i_neuron_weight_3_0 <= i_weight_3_3_0;
                        i_neuron_weight_3_1 <= i_weight_3_3_1;
                        i_neuron_weight_3_2 <= i_weight_3_3_2;
                        i_neuron_weight_3_3 <= i_weight_3_3_3;
                        next_neuron_input <= 0;
                    end else if (!neuron_running & neuron_ready) begin
                        o_output_3 <= neuron_out;
                        fsm_state <= 5'b00100;
                        next_neuron_input <= 1;
                    end
                end
                5'b00100: begin
                    if (!neuron_running & !neuron_ready) begin
                        i_neuron_weight_0_0 <= i_weight_4_0_0;
                        i_neuron_weight_0_1 <= i_weight_4_0_1;
                        i_neuron_weight_0_2 <= i_weight_4_0_2;
                        i_neuron_weight_0_3 <= i_weight_4_0_3;
                        i_neuron_weight_1_0 <= i_weight_4_1_0;
                        i_neuron_weight_1_1 <= i_weight_4_1_1;
                        i_neuron_weight_1_2 <= i_weight_4_1_2;
                        i_neuron_weight_1_3 <= i_weight_4_1_3;
                        i_neuron_weight_2_0 <= i_weight_4_2_0;
                        i_neuron_weight_2_1 <= i_weight_4_2_1;
                        i_neuron_weight_2_2 <= i_weight_4_2_2;
                        i_neuron_weight_2_3 <= i_weight_4_2_3;
                        i_neuron_weight_3_0 <= i_weight_4_3_0;
                        i_neuron_weight_3_1 <= i_weight_4_3_1;
                        i_neuron_weight_3_2 <= i_weight_4_3_2;
                        i_neuron_weight_3_3 <= i_weight_4_3_3;
                        next_neuron_input <= 0;
                    end else if (!neuron_running & neuron_ready) begin
                        o_output_4 <= neuron_out;
                        fsm_state <= 5'b00101;
                        next_neuron_input <= 1;
                    end
                end
                5'b00101: begin
                    if (!neuron_running & !neuron_ready) begin
                        i_neuron_weight_0_0 <= i_weight_5_0_0;
                        i_neuron_weight_0_1 <= i_weight_5_0_1;
                        i_neuron_weight_0_2 <= i_weight_5_0_2;
                        i_neuron_weight_0_3 <= i_weight_5_0_3;
                        i_neuron_weight_1_0 <= i_weight_5_1_0;
                        i_neuron_weight_1_1 <= i_weight_5_1_1;
                        i_neuron_weight_1_2 <= i_weight_5_1_2;
                        i_neuron_weight_1_3 <= i_weight_5_1_3;
                        i_neuron_weight_2_0 <= i_weight_5_2_0;
                        i_neuron_weight_2_1 <= i_weight_5_2_1;
                        i_neuron_weight_2_2 <= i_weight_5_2_2;
                        i_neuron_weight_2_3 <= i_weight_5_2_3;
                        i_neuron_weight_3_0 <= i_weight_5_3_0;
                        i_neuron_weight_3_1 <= i_weight_5_3_1;
                        i_neuron_weight_3_2 <= i_weight_5_3_2;
                        i_neuron_weight_3_3 <= i_weight_5_3_3;
                        next_neuron_input <= 0;
                    end else if (!neuron_running & neuron_ready) begin
                        o_output_5 <= neuron_out;
                        fsm_state <= 5'b00110;
                        next_neuron_input <= 1;
                    end
                end
                5'b00110: begin
                    if (!neuron_running & !neuron_ready) begin
                        i_neuron_weight_0_0 <= i_weight_6_0_0;
                        i_neuron_weight_0_1 <= i_weight_6_0_1;
                        i_neuron_weight_0_2 <= i_weight_6_0_2;
                        i_neuron_weight_0_3 <= i_weight_6_0_3;
                        i_neuron_weight_1_0 <= i_weight_6_1_0;
                        i_neuron_weight_1_1 <= i_weight_6_1_1;
                        i_neuron_weight_1_2 <= i_weight_6_1_2;
                        i_neuron_weight_1_3 <= i_weight_6_1_3;
                        i_neuron_weight_2_0 <= i_weight_6_2_0;
                        i_neuron_weight_2_1 <= i_weight_6_2_1;
                        i_neuron_weight_2_2 <= i_weight_6_2_2;
                        i_neuron_weight_2_3 <= i_weight_6_2_3;
                        i_neuron_weight_3_0 <= i_weight_6_3_0;
                        i_neuron_weight_3_1 <= i_weight_6_3_1;
                        i_neuron_weight_3_2 <= i_weight_6_3_2;
                        i_neuron_weight_3_3 <= i_weight_6_3_3;
                        next_neuron_input <= 0;
                    end else if (!neuron_running & neuron_ready) begin
                        o_output_6 <= neuron_out;
                        fsm_state <= 5'b00111;
                        next_neuron_input <= 1;
                    end
                end
                5'b00111: begin
                    if (!neuron_running & !neuron_ready) begin
                        i_neuron_weight_0_0 <= i_weight_7_0_0;
                        i_neuron_weight_0_1 <= i_weight_7_0_1;
                        i_neuron_weight_0_2 <= i_weight_7_0_2;
                        i_neuron_weight_0_3 <= i_weight_7_0_3;
                        i_neuron_weight_1_0 <= i_weight_7_1_0;
                        i_neuron_weight_1_1 <= i_weight_7_1_1;
                        i_neuron_weight_1_2 <= i_weight_7_1_2;
                        i_neuron_weight_1_3 <= i_weight_7_1_3;
                        i_neuron_weight_2_0 <= i_weight_7_2_0;
                        i_neuron_weight_2_1 <= i_weight_7_2_1;
                        i_neuron_weight_2_2 <= i_weight_7_2_2;
                        i_neuron_weight_2_3 <= i_weight_7_2_3;
                        i_neuron_weight_3_0 <= i_weight_7_3_0;
                        i_neuron_weight_3_1 <= i_weight_7_3_1;
                        i_neuron_weight_3_2 <= i_weight_7_3_2;
                        i_neuron_weight_3_3 <= i_weight_7_3_3;
                        next_neuron_input <= 0;
                    end else if (!neuron_running & neuron_ready) begin
                        o_output_7 <= neuron_out;
                        fsm_state <= 5'b01000;
                        next_neuron_input <= 1;
                    end
                end
                5'b01000: begin
                    if (!neuron_running & !neuron_ready) begin
                        i_neuron_weight_0_0 <= i_weight_8_0_0;
                        i_neuron_weight_0_1 <= i_weight_8_0_1;
                        i_neuron_weight_0_2 <= i_weight_8_0_2;
                        i_neuron_weight_0_3 <= i_weight_8_0_3;
                        i_neuron_weight_1_0 <= i_weight_8_1_0;
                        i_neuron_weight_1_1 <= i_weight_8_1_1;
                        i_neuron_weight_1_2 <= i_weight_8_1_2;
                        i_neuron_weight_1_3 <= i_weight_8_1_3;
                        i_neuron_weight_2_0 <= i_weight_8_2_0;
                        i_neuron_weight_2_1 <= i_weight_8_2_1;
                        i_neuron_weight_2_2 <= i_weight_8_2_2;
                        i_neuron_weight_2_3 <= i_weight_8_2_3;
                        i_neuron_weight_3_0 <= i_weight_8_3_0;
                        i_neuron_weight_3_1 <= i_weight_8_3_1;
                        i_neuron_weight_3_2 <= i_weight_8_3_2;
                        i_neuron_weight_3_3 <= i_weight_8_3_3;
                        next_neuron_input <= 0;
                    end else if (!neuron_running & neuron_ready) begin
                        o_output_8 <= neuron_out;
                        fsm_state <= 5'b01001;
                        next_neuron_input <= 1;
                    end
                end
                5'b01001: begin
                    if (!neuron_running & !neuron_ready) begin
                        i_neuron_weight_0_0 <= i_weight_9_0_0;
                        i_neuron_weight_0_1 <= i_weight_9_0_1;
                        i_neuron_weight_0_2 <= i_weight_9_0_2;
                        i_neuron_weight_0_3 <= i_weight_9_0_3;
                        i_neuron_weight_1_0 <= i_weight_9_1_0;
                        i_neuron_weight_1_1 <= i_weight_9_1_1;
                        i_neuron_weight_1_2 <= i_weight_9_1_2;
                        i_neuron_weight_1_3 <= i_weight_9_1_3;
                        i_neuron_weight_2_0 <= i_weight_9_2_0;
                        i_neuron_weight_2_1 <= i_weight_9_2_1;
                        i_neuron_weight_2_2 <= i_weight_9_2_2;
                        i_neuron_weight_2_3 <= i_weight_9_2_3;
                        i_neuron_weight_3_0 <= i_weight_9_3_0;
                        i_neuron_weight_3_1 <= i_weight_9_3_1;
                        i_neuron_weight_3_2 <= i_weight_9_3_2;
                        i_neuron_weight_3_3 <= i_weight_9_3_3;
                        next_neuron_input <= 0;
                    end else if (!neuron_running & neuron_ready) begin
                        o_output_9 <= neuron_out;
                        fsm_state <= 5'b01010;
                        next_neuron_input <= 1;
                    end
                end
                5'b01010: begin
                    if (!neuron_running & !neuron_ready) begin
                        i_neuron_weight_0_0 <= i_weight_10_0_0;
                        i_neuron_weight_0_1 <= i_weight_10_0_1;
                        i_neuron_weight_0_2 <= i_weight_10_0_2;
                        i_neuron_weight_0_3 <= i_weight_10_0_3;
                        i_neuron_weight_1_0 <= i_weight_10_1_0;
                        i_neuron_weight_1_1 <= i_weight_10_1_1;
                        i_neuron_weight_1_2 <= i_weight_10_1_2;
                        i_neuron_weight_1_3 <= i_weight_10_1_3;
                        i_neuron_weight_2_0 <= i_weight_10_2_0;
                        i_neuron_weight_2_1 <= i_weight_10_2_1;
                        i_neuron_weight_2_2 <= i_weight_10_2_2;
                        i_neuron_weight_2_3 <= i_weight_10_2_3;
                        i_neuron_weight_3_0 <= i_weight_10_3_0;
                        i_neuron_weight_3_1 <= i_weight_10_3_1;
                        i_neuron_weight_3_2 <= i_weight_10_3_2;
                        i_neuron_weight_3_3 <= i_weight_10_3_3;
                        next_neuron_input <= 0;
                    end else if (!neuron_running & neuron_ready) begin
                        o_output_10 <= neuron_out;
                        fsm_state <= 5'b01011;
                        next_neuron_input <= 1;
                    end
                end
                5'b01011: begin
                    if (!neuron_running & !neuron_ready) begin
                        i_neuron_weight_0_0 <= i_weight_11_0_0;
                        i_neuron_weight_0_1 <= i_weight_11_0_1;
                        i_neuron_weight_0_2 <= i_weight_11_0_2;
                        i_neuron_weight_0_3 <= i_weight_11_0_3;
                        i_neuron_weight_1_0 <= i_weight_11_1_0;
                        i_neuron_weight_1_1 <= i_weight_11_1_1;
                        i_neuron_weight_1_2 <= i_weight_11_1_2;
                        i_neuron_weight_1_3 <= i_weight_11_1_3;
                        i_neuron_weight_2_0 <= i_weight_11_2_0;
                        i_neuron_weight_2_1 <= i_weight_11_2_1;
                        i_neuron_weight_2_2 <= i_weight_11_2_2;
                        i_neuron_weight_2_3 <= i_weight_11_2_3;
                        i_neuron_weight_3_0 <= i_weight_11_3_0;
                        i_neuron_weight_3_1 <= i_weight_11_3_1;
                        i_neuron_weight_3_2 <= i_weight_11_3_2;
                        i_neuron_weight_3_3 <= i_weight_11_3_3;
                        next_neuron_input <= 0;
                    end else if (!neuron_running & neuron_ready) begin
                        o_output_11 <= neuron_out;
                        fsm_state <= 5'b01100;
                        next_neuron_input <= 1;
                    end
                end
                5'b01100: begin
                    if (!neuron_running & !neuron_ready) begin
                        i_neuron_weight_0_0 <= i_weight_12_0_0;
                        i_neuron_weight_0_1 <= i_weight_12_0_1;
                        i_neuron_weight_0_2 <= i_weight_12_0_2;
                        i_neuron_weight_0_3 <= i_weight_12_0_3;
                        i_neuron_weight_1_0 <= i_weight_12_1_0;
                        i_neuron_weight_1_1 <= i_weight_12_1_1;
                        i_neuron_weight_1_2 <= i_weight_12_1_2;
                        i_neuron_weight_1_3 <= i_weight_12_1_3;
                        i_neuron_weight_2_0 <= i_weight_12_2_0;
                        i_neuron_weight_2_1 <= i_weight_12_2_1;
                        i_neuron_weight_2_2 <= i_weight_12_2_2;
                        i_neuron_weight_2_3 <= i_weight_12_2_3;
                        i_neuron_weight_3_0 <= i_weight_12_3_0;
                        i_neuron_weight_3_1 <= i_weight_12_3_1;
                        i_neuron_weight_3_2 <= i_weight_12_3_2;
                        i_neuron_weight_3_3 <= i_weight_12_3_3;
                        next_neuron_input <= 0;
                    end else if (!neuron_running & neuron_ready) begin
                        o_output_12 <= neuron_out;
                        fsm_state <= 5'b01101;
                        next_neuron_input <= 1;
                    end
                end
                5'b01101: begin
                    if (!neuron_running & !neuron_ready) begin
                        i_neuron_weight_0_0 <= i_weight_13_0_0;
                        i_neuron_weight_0_1 <= i_weight_13_0_1;
                        i_neuron_weight_0_2 <= i_weight_13_0_2;
                        i_neuron_weight_0_3 <= i_weight_13_0_3;
                        i_neuron_weight_1_0 <= i_weight_13_1_0;
                        i_neuron_weight_1_1 <= i_weight_13_1_1;
                        i_neuron_weight_1_2 <= i_weight_13_1_2;
                        i_neuron_weight_1_3 <= i_weight_13_1_3;
                        i_neuron_weight_2_0 <= i_weight_13_2_0;
                        i_neuron_weight_2_1 <= i_weight_13_2_1;
                        i_neuron_weight_2_2 <= i_weight_13_2_2;
                        i_neuron_weight_2_3 <= i_weight_13_2_3;
                        i_neuron_weight_3_0 <= i_weight_13_3_0;
                        i_neuron_weight_3_1 <= i_weight_13_3_1;
                        i_neuron_weight_3_2 <= i_weight_13_3_2;
                        i_neuron_weight_3_3 <= i_weight_13_3_3;
                        next_neuron_input <= 0;
                    end else if (!neuron_running & neuron_ready) begin
                        o_output_13 <= neuron_out;
                        fsm_state <= 5'b01110;
                        next_neuron_input <= 1;
                    end
                end
                5'b01110: begin
                    if (!neuron_running & !neuron_ready) begin
                        i_neuron_weight_0_0 <= i_weight_14_0_0;
                        i_neuron_weight_0_1 <= i_weight_14_0_1;
                        i_neuron_weight_0_2 <= i_weight_14_0_2;
                        i_neuron_weight_0_3 <= i_weight_14_0_3;
                        i_neuron_weight_1_0 <= i_weight_14_1_0;
                        i_neuron_weight_1_1 <= i_weight_14_1_1;
                        i_neuron_weight_1_2 <= i_weight_14_1_2;
                        i_neuron_weight_1_3 <= i_weight_14_1_3;
                        i_neuron_weight_2_0 <= i_weight_14_2_0;
                        i_neuron_weight_2_1 <= i_weight_14_2_1;
                        i_neuron_weight_2_2 <= i_weight_14_2_2;
                        i_neuron_weight_2_3 <= i_weight_14_2_3;
                        i_neuron_weight_3_0 <= i_weight_14_3_0;
                        i_neuron_weight_3_1 <= i_weight_14_3_1;
                        i_neuron_weight_3_2 <= i_weight_14_3_2;
                        i_neuron_weight_3_3 <= i_weight_14_3_3;
                        next_neuron_input <= 0;
                    end else if (!neuron_running & neuron_ready) begin
                        o_output_14 <= neuron_out;
                        fsm_state <= 5'b01111;
                        next_neuron_input <= 1;
                    end
                end
                5'b01111: begin
                    if (!neuron_running & !neuron_ready) begin
                        i_neuron_weight_0_0 <= i_weight_15_0_0;
                        i_neuron_weight_0_1 <= i_weight_15_0_1;
                        i_neuron_weight_0_2 <= i_weight_15_0_2;
                        i_neuron_weight_0_3 <= i_weight_15_0_3;
                        i_neuron_weight_1_0 <= i_weight_15_1_0;
                        i_neuron_weight_1_1 <= i_weight_15_1_1;
                        i_neuron_weight_1_2 <= i_weight_15_1_2;
                        i_neuron_weight_1_3 <= i_weight_15_1_3;
                        i_neuron_weight_2_0 <= i_weight_15_2_0;
                        i_neuron_weight_2_1 <= i_weight_15_2_1;
                        i_neuron_weight_2_2 <= i_weight_15_2_2;
                        i_neuron_weight_2_3 <= i_weight_15_2_3;
                        i_neuron_weight_3_0 <= i_weight_15_3_0;
                        i_neuron_weight_3_1 <= i_weight_15_3_1;
                        i_neuron_weight_3_2 <= i_weight_15_3_2;
                        i_neuron_weight_3_3 <= i_weight_15_3_3;
                        next_neuron_input <= 0;
                    end else if (!neuron_running & neuron_ready) begin
                        o_output_15 <= neuron_out;
                        fsm_state <= 5'b10000;
                        next_neuron_input <= 1;
                    end
                end
                5'b10000: begin
                    if (!neuron_running & !neuron_ready) begin
                        i_neuron_weight_0_0 <= i_weight_16_0_0;
                        i_neuron_weight_0_1 <= i_weight_16_0_1;
                        i_neuron_weight_0_2 <= i_weight_16_0_2;
                        i_neuron_weight_0_3 <= i_weight_16_0_3;
                        i_neuron_weight_1_0 <= i_weight_16_1_0;
                        i_neuron_weight_1_1 <= i_weight_16_1_1;
                        i_neuron_weight_1_2 <= i_weight_16_1_2;
                        i_neuron_weight_1_3 <= i_weight_16_1_3;
                        i_neuron_weight_2_0 <= i_weight_16_2_0;
                        i_neuron_weight_2_1 <= i_weight_16_2_1;
                        i_neuron_weight_2_2 <= i_weight_16_2_2;
                        i_neuron_weight_2_3 <= i_weight_16_2_3;
                        i_neuron_weight_3_0 <= i_weight_16_3_0;
                        i_neuron_weight_3_1 <= i_weight_16_3_1;
                        i_neuron_weight_3_2 <= i_weight_16_3_2;
                        i_neuron_weight_3_3 <= i_weight_16_3_3;
                        next_neuron_input <= 0;
                    end else if (!neuron_running & neuron_ready) begin
                        o_output_16 <= neuron_out;
                        fsm_state <= 5'b10001;
                        next_neuron_input <= 1;
                    end
                end
                5'b10001: begin
                    if (!neuron_running & !neuron_ready) begin
                        i_neuron_weight_0_0 <= i_weight_17_0_0;
                        i_neuron_weight_0_1 <= i_weight_17_0_1;
                        i_neuron_weight_0_2 <= i_weight_17_0_2;
                        i_neuron_weight_0_3 <= i_weight_17_0_3;
                        i_neuron_weight_1_0 <= i_weight_17_1_0;
                        i_neuron_weight_1_1 <= i_weight_17_1_1;
                        i_neuron_weight_1_2 <= i_weight_17_1_2;
                        i_neuron_weight_1_3 <= i_weight_17_1_3;
                        i_neuron_weight_2_0 <= i_weight_17_2_0;
                        i_neuron_weight_2_1 <= i_weight_17_2_1;
                        i_neuron_weight_2_2 <= i_weight_17_2_2;
                        i_neuron_weight_2_3 <= i_weight_17_2_3;
                        i_neuron_weight_3_0 <= i_weight_17_3_0;
                        i_neuron_weight_3_1 <= i_weight_17_3_1;
                        i_neuron_weight_3_2 <= i_weight_17_3_2;
                        i_neuron_weight_3_3 <= i_weight_17_3_3;
                        next_neuron_input <= 0;
                    end else if (!neuron_running & neuron_ready) begin
                        o_output_17 <= neuron_out;
                        fsm_state <= 5'b10010;
                        next_neuron_input <= 1;
                    end
                end
                5'b10010: begin
                    if (!neuron_running & !neuron_ready) begin
                        i_neuron_weight_0_0 <= i_weight_18_0_0;
                        i_neuron_weight_0_1 <= i_weight_18_0_1;
                        i_neuron_weight_0_2 <= i_weight_18_0_2;
                        i_neuron_weight_0_3 <= i_weight_18_0_3;
                        i_neuron_weight_1_0 <= i_weight_18_1_0;
                        i_neuron_weight_1_1 <= i_weight_18_1_1;
                        i_neuron_weight_1_2 <= i_weight_18_1_2;
                        i_neuron_weight_1_3 <= i_weight_18_1_3;
                        i_neuron_weight_2_0 <= i_weight_18_2_0;
                        i_neuron_weight_2_1 <= i_weight_18_2_1;
                        i_neuron_weight_2_2 <= i_weight_18_2_2;
                        i_neuron_weight_2_3 <= i_weight_18_2_3;
                        i_neuron_weight_3_0 <= i_weight_18_3_0;
                        i_neuron_weight_3_1 <= i_weight_18_3_1;
                        i_neuron_weight_3_2 <= i_weight_18_3_2;
                        i_neuron_weight_3_3 <= i_weight_18_3_3;
                        next_neuron_input <= 0;
                    end else if (!neuron_running & neuron_ready) begin
                        o_output_18 <= neuron_out;
                        fsm_state <= 5'b10011;
                        next_neuron_input <= 1;
                    end
                end
                5'b10011: begin
                    if (!neuron_running & !neuron_ready) begin
                        i_neuron_weight_0_0 <= i_weight_19_0_0;
                        i_neuron_weight_0_1 <= i_weight_19_0_1;
                        i_neuron_weight_0_2 <= i_weight_19_0_2;
                        i_neuron_weight_0_3 <= i_weight_19_0_3;
                        i_neuron_weight_1_0 <= i_weight_19_1_0;
                        i_neuron_weight_1_1 <= i_weight_19_1_1;
                        i_neuron_weight_1_2 <= i_weight_19_1_2;
                        i_neuron_weight_1_3 <= i_weight_19_1_3;
                        i_neuron_weight_2_0 <= i_weight_19_2_0;
                        i_neuron_weight_2_1 <= i_weight_19_2_1;
                        i_neuron_weight_2_2 <= i_weight_19_2_2;
                        i_neuron_weight_2_3 <= i_weight_19_2_3;
                        i_neuron_weight_3_0 <= i_weight_19_3_0;
                        i_neuron_weight_3_1 <= i_weight_19_3_1;
                        i_neuron_weight_3_2 <= i_weight_19_3_2;
                        i_neuron_weight_3_3 <= i_weight_19_3_3;
                        next_neuron_input <= 0;
                    end else if (!neuron_running & neuron_ready) begin
                        o_output_19 <= neuron_out;
                        fsm_state <= 5'b10100;
                        next_neuron_input <= 1;
                    end
                end
                5'b10100: begin
                    fsm_state <= 5'b00000;
                end
            endcase
        end
    end
    
endmodule